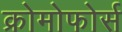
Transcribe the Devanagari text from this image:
क्रोमोफोर्स